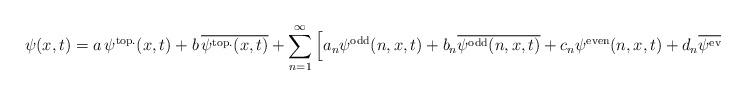
LaTeX: \begin{align*}\psi(x,t) = a\, \psi^{\rm top.}(x,t) + b\, \overline{\psi^{\rm top.}(x,t)}+\sum_{n=1}^\infty\left[ a_n \psi^{\rm odd}(n,x,t) + b_n \overline{\psi^{\rm odd}(n,x,t)} + c_n\psi^{\rm even}(n,x,t) + d_n \overline{\psi^{\rm even}(n,x,t)} \right],\end{align*}